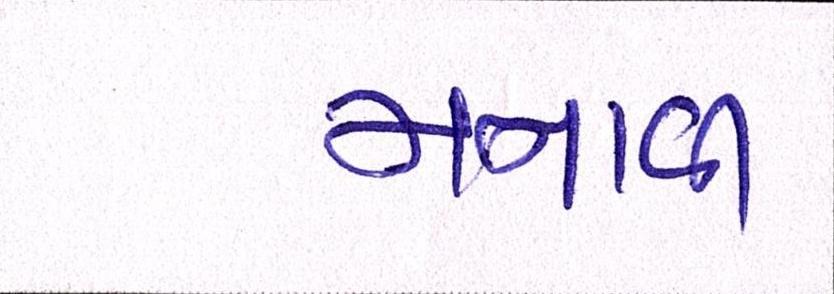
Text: મનાવી